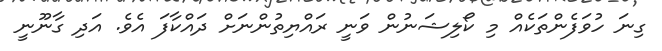
ގިނަ ހުވަފެންތަކެއް މި ކޯލިޝަނުން ވަނީ ރައްޔިތުންނަށް ދައްކާފަ އެވެ. އަދި ގާނޫނީ